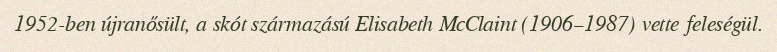
1952-ben újranősült, a skót származású Elisabeth McClaint (1906–1987) vette feleségül.